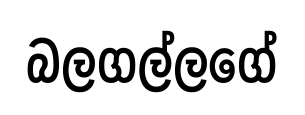
බලගල්ලගේ